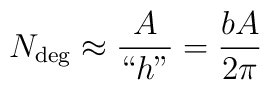
N_{\rm deg} \approx \frac{A}{``h"}=\frac{bA}{2\pi}